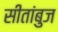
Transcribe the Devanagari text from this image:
सीतांबुज